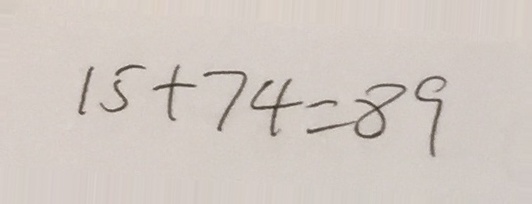
1 5 + 7 4 = 8 9